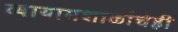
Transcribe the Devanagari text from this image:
व्यायामशाळांचेही